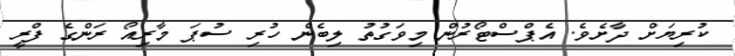
ކުރިޔަށް ދާށެވެ. އެޕްސްޓޯރުން މިވަގުތު ލިބެން ހުރި ސުޕަ މާރިއޯ ރަންގެ ފްރީ